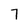
Character: 7